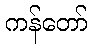
ကန်တော်